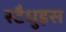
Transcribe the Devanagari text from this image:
स्टैधुइस